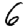
Digit: 6